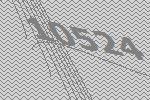
10524